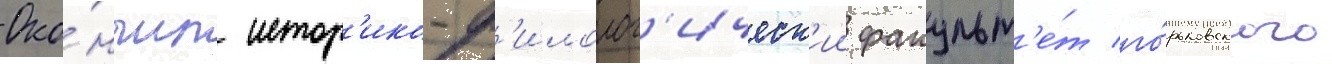
Око́нчил истор'ико-ф'илолог'ическ'ии факульт'е́т го́рьковского